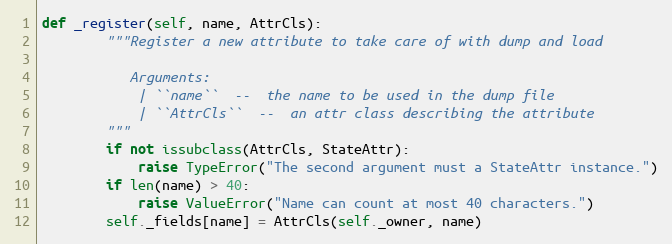
Language: Python
def _register(self, name, AttrCls):
        """Register a new attribute to take care of with dump and load

           Arguments:
            | ``name``  --  the name to be used in the dump file
            | ``AttrCls``  --  an attr class describing the attribute
        """
        if not issubclass(AttrCls, StateAttr):
            raise TypeError("The second argument must a StateAttr instance.")
        if len(name) > 40:
            raise ValueError("Name can count at most 40 characters.")
        self._fields[name] = AttrCls(self._owner, name)